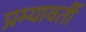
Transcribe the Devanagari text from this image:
प्रम्यावर्ती